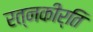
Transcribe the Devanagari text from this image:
रत्‍नकीर्ति